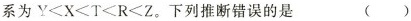
系为$$Y < X < T < R < Z$$。下列推断错误的是 ()